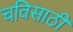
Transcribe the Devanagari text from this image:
चविसाठी